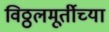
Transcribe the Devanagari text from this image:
विठ्ठलमूर्तीच्या